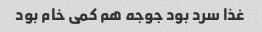
غذا سرد بود جوجه هم کمی خام بود